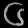
Digit: ၆